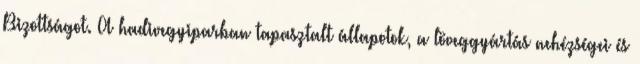
Bizottságot. A hadivegyiparban tapasztalt állapotok, a löveggyártás nehézségei és